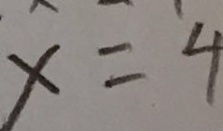
x = 4